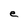
Character: e